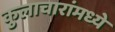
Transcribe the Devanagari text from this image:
कुलाचारांमध्ये